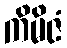
ကိမိဇံ